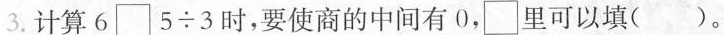
3.计算6\square5\div3时，要使商的中间有0，\square里可以填（ ）。